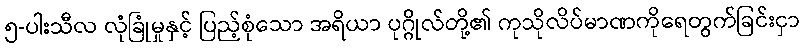
၅-ပါးသီလ လုံခြုံမှုနှင့် ပြည့်စုံသော အရိယာ ပုဂ္ဂိုလ်တို့၏ ကုသိုလိပ်မာဏကိုရေတွက်ခြင်းငှာ